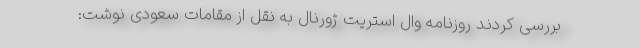
بررسی کردند روزنامه وال استریت ژورنال به نقل از مقامات سعودی نوشت: